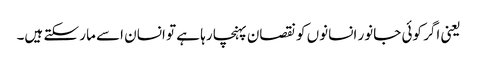
یعنی اگر کوئی جانور انسانوں کو نقصان پہنچا رہا ہے تو انسان اسے مار سکتے ہیں۔